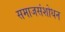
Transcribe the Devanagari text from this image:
समाजसंशोधन